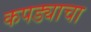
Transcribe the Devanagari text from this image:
कपड्याचा